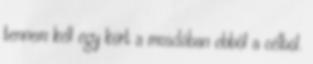
tennem kell egy kört a mosdóban ebből a célból.